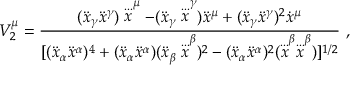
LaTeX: V _ { 2 } ^ { \mu } = \frac { ( \ddot { x } _ { \gamma } \ddot { x } ^ { \gamma } ) \stackrel { . . . } x ^ { \mu } - ( \ddot { x } _ { \gamma } \stackrel { . . . } x ^ { \gamma } ) \ddot { x } ^ { \mu } + ( \ddot { x } _ { \gamma } \ddot { x } ^ { \gamma } ) ^ { 2 } \dot { x } ^ { \mu } } { [ ( \ddot { x } _ { \alpha } \ddot { x } ^ { \alpha } ) ^ { 4 } + ( \ddot { x } _ { \alpha } \ddot { x } ^ { \alpha } ) ( \ddot { x } _ { \beta } \stackrel { . . . } x ^ { \beta } ) ^ { 2 } - ( \ddot { x } _ { \alpha } \ddot { x } ^ { \alpha } ) ^ { 2 } ( \stackrel { . . . } x ^ { \beta } \stackrel { . . . } x ^ { \beta } ) ] ^ { 1 / 2 } } ~ ,